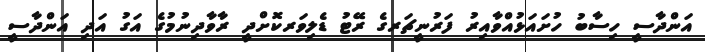
އަންދާސީ ހިސާބު ހުށައަޅުއްވާއިރު ފަރުނީޗަރގެ ރޭޓު ޑެލިވަރކޮށްދީ ރާވާދިނުމުގެ އަގު އަދި އަންދާސީ